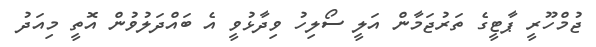
ޖުމްހޫރީ ޕާޓީގެ ތަރުޖަމާން އަލީ ސޯލިހު ވިދާޅުވީ އެ ބައްދަލުވުން އޮތީ މިއަދު